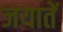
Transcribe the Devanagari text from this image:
जयातें